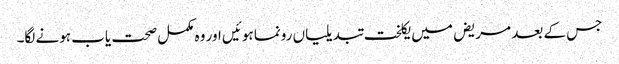
جس کے بعد مریض میں یکلخت تبدیلیاں رونما ہوئیں اور وہ مکمل صحت یاب ہونے لگا۔